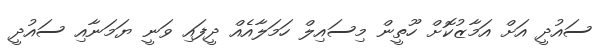
ސައުދީ އަށް އަމާޒުކޮށް ހޫތީން މިސައިލް ހަމަލާއެއް ދީފައި ވަނީ ޔަމަނާއި ސައުދީ